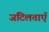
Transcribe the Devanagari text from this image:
जटिलताएॅ